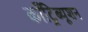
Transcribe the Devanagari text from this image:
काँट्रिब्यूशन